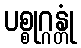
ပစ္စုဂ္ဂန္တုံ